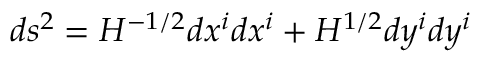
d s ^ { 2 } = H ^ { - 1 / 2 } d x ^ { i } d x ^ { i } + H ^ { 1 / 2 } d y ^ { i } d y ^ { i }